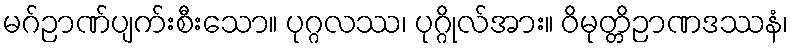
မဂ်ဉာဏ်ပျက်းစီးသော။ ပုဂ္ဂလဿ၊ ပုဂ္ဂိုလ်အား။ ဝိမုတ္တိဉာဏဒဿနံ၊